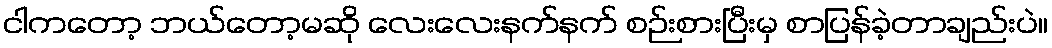
ငါကတော့ ဘယ်တော့မဆို လေးလေးနက်နက် စဉ်းစားပြီးမှ စာပြန်ခဲ့တာချည်းပဲ။